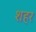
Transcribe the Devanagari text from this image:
शहर